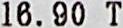
16.90 T